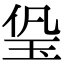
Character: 㺸